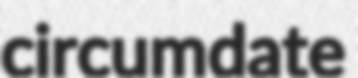
circumdate